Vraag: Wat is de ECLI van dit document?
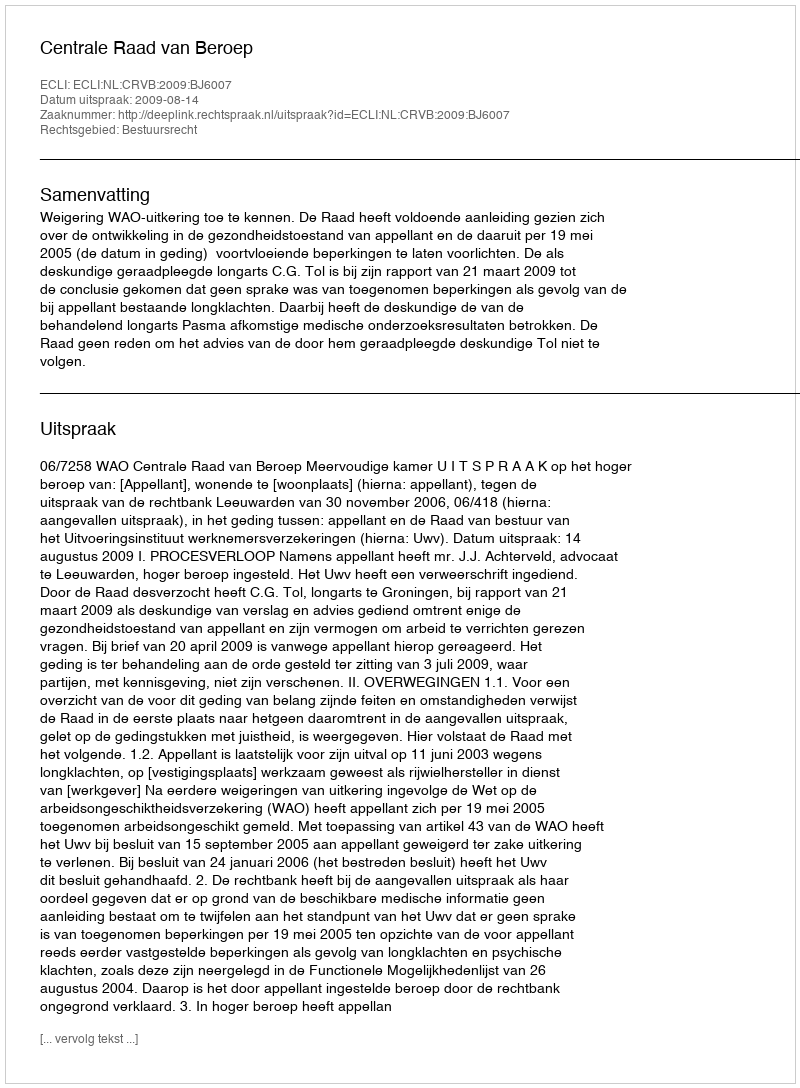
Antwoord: ECLI:NL:CRVB:2009:BJ6007